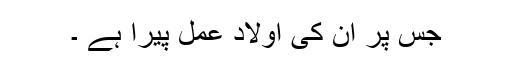
جس پر ان کی اولاد عمل پیرا ہے ۔